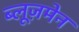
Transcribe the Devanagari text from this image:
ब्लूज़मेन